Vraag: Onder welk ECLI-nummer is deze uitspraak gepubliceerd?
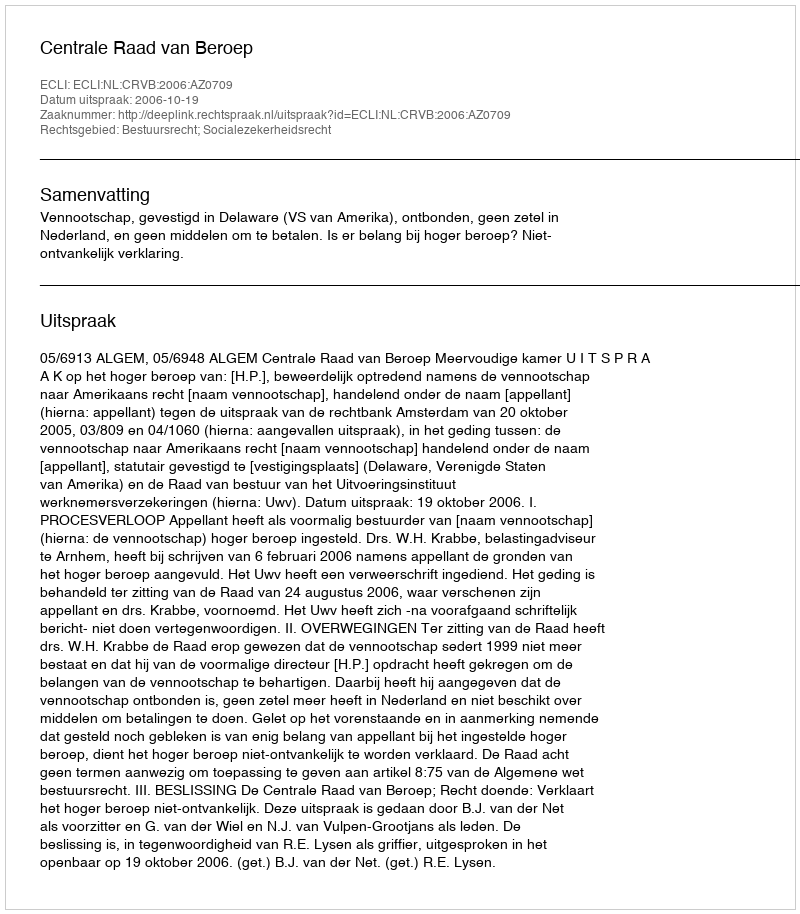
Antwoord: ECLI:NL:CRVB:2006:AZ0709